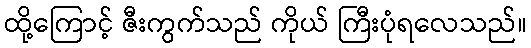
ထို့ကြောင့် ဇီးကွက်သည် ကိုယ် ကြီးပုံရလေသည်။